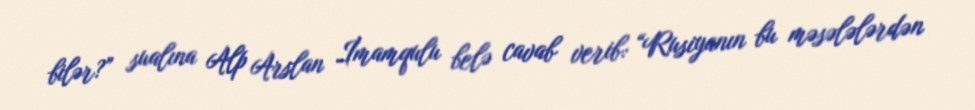
bilər?” sualına Alp Arslan İmamqulu belə cavab verib: “Rusiyanın bu məsələlərdən